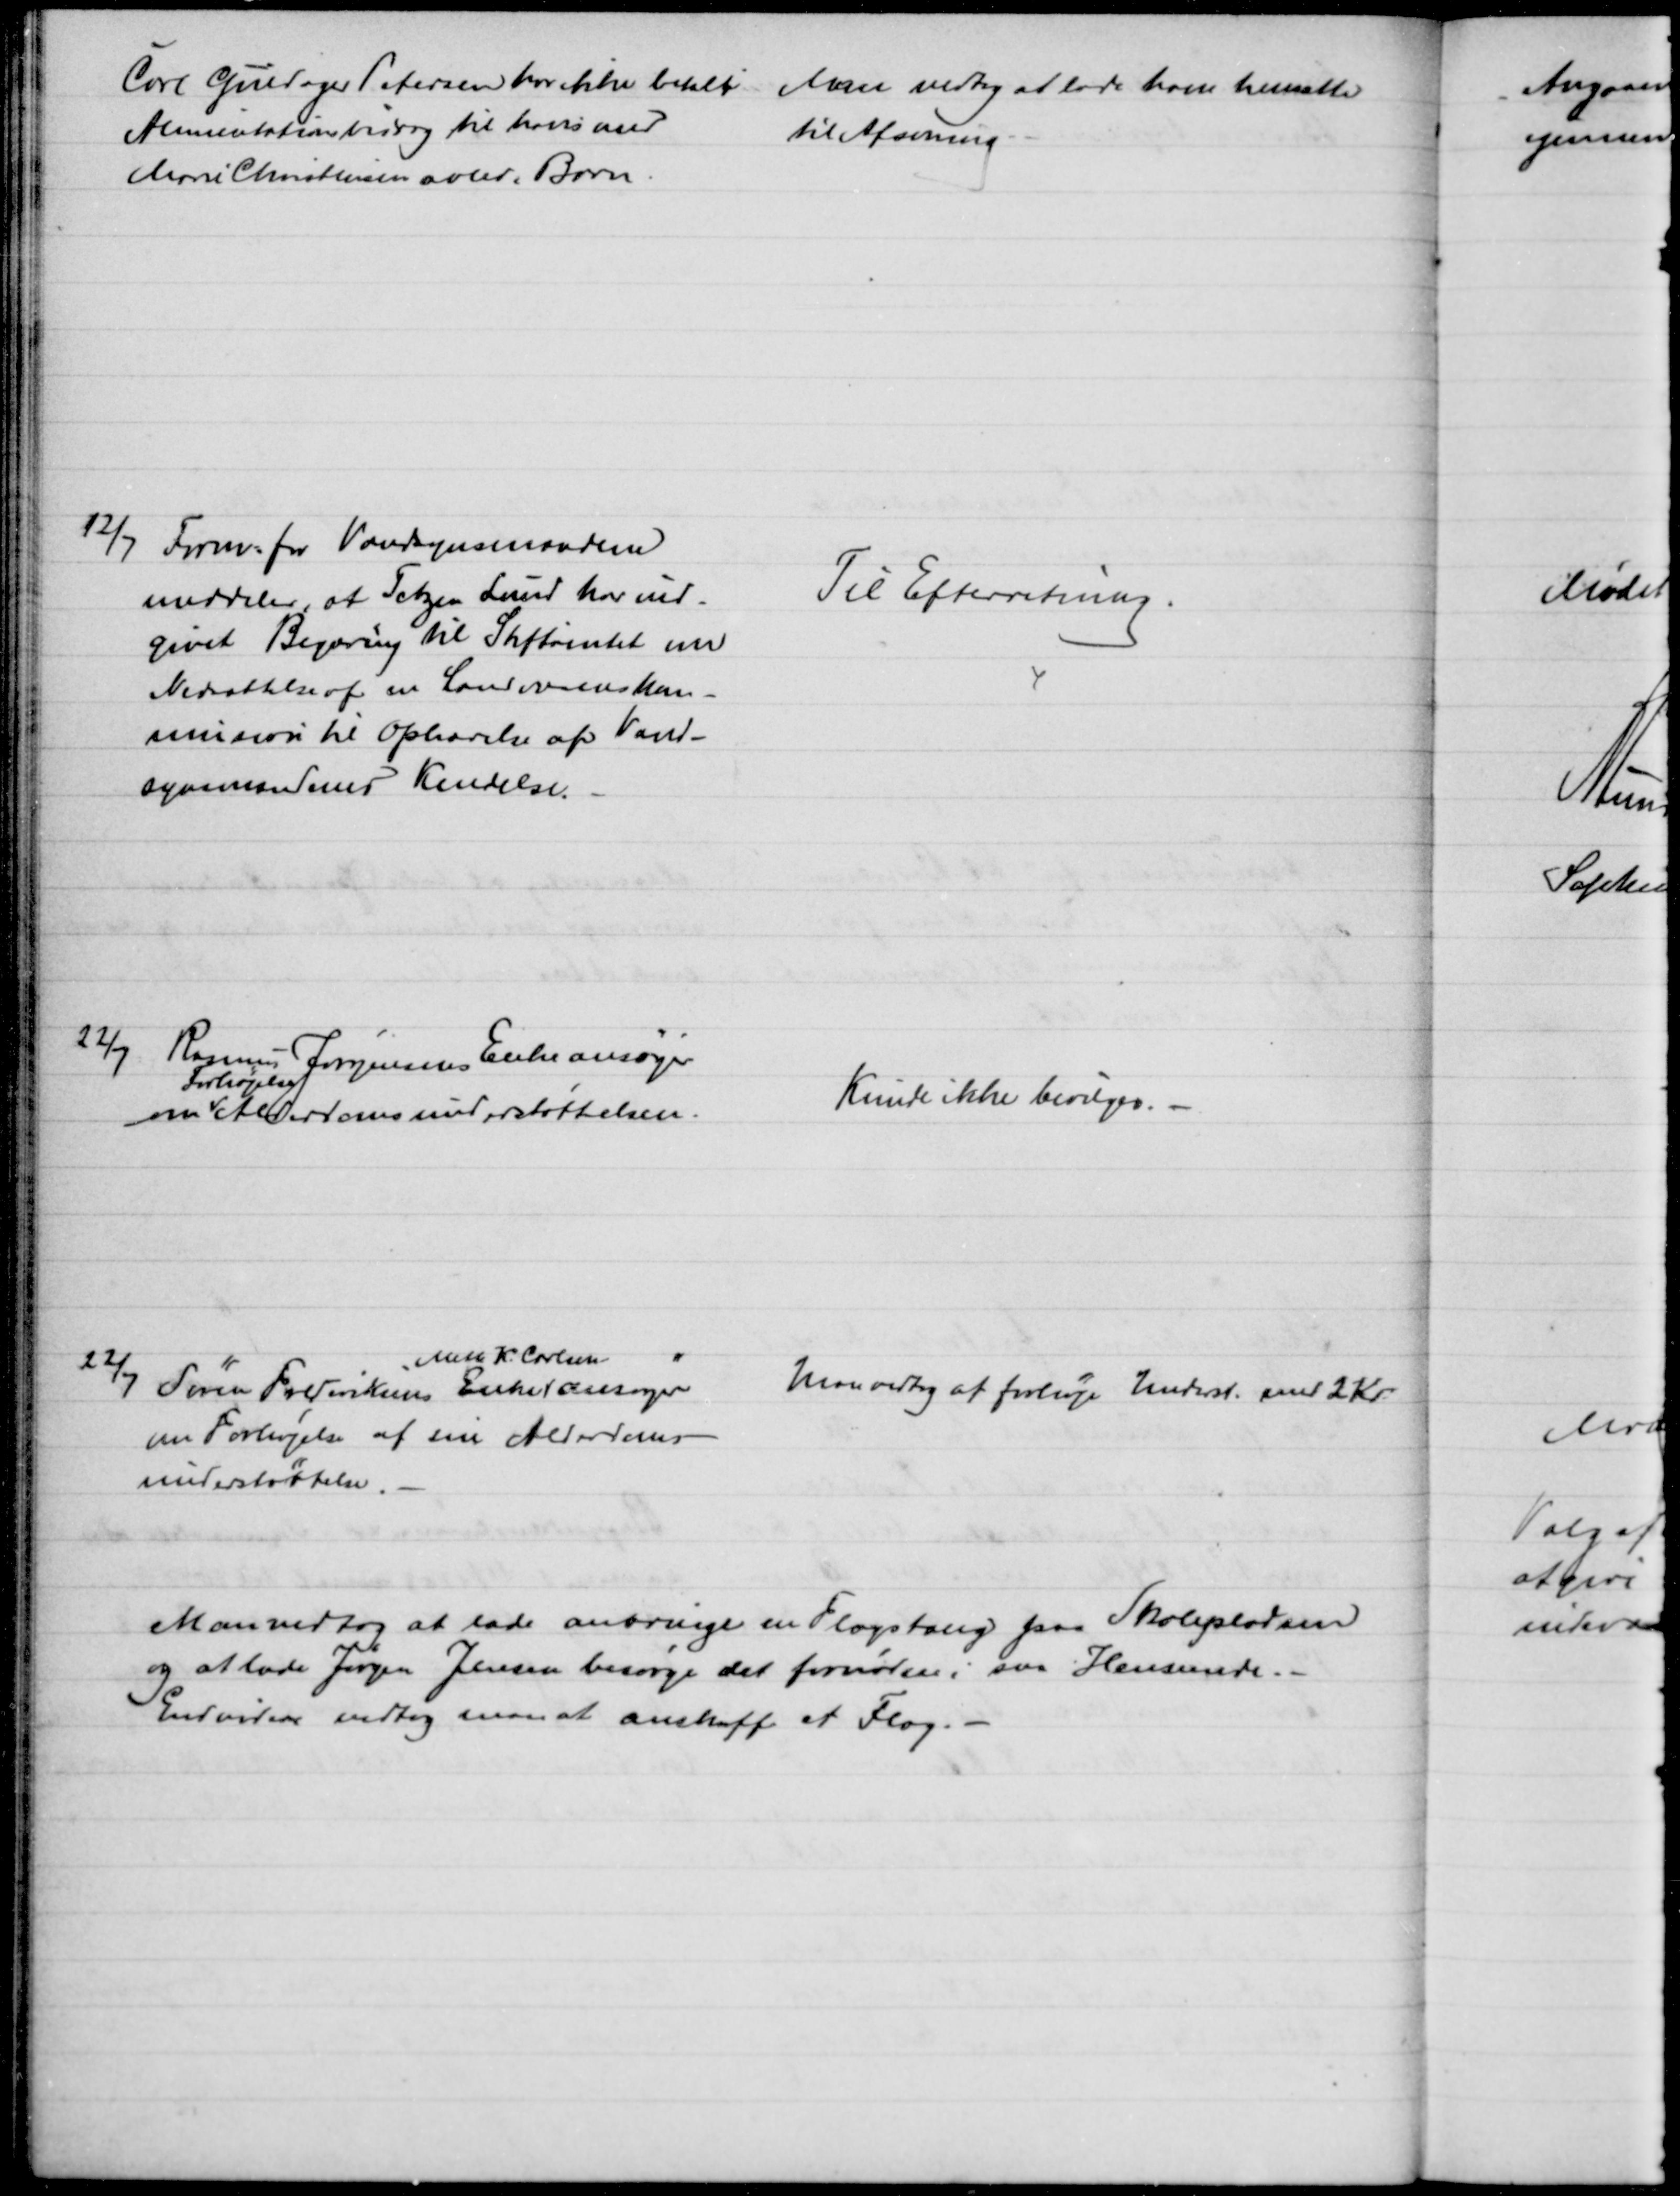
Transskription:
Carl Guldager Petersen har ikke betalt 
Alimentationsbidrag til hans med
Marie Christensen avlede Barn.
Man vedtog at lade ham hensætte
til Afsoning
12/7 Form. for Vandsynsmændene
meddeler, at Tetzen Lund har ind-
givet Begæring til Stiftamtet om
Nedsættelse af en Landvæsenskom-
mission til Ophævelse af Vand-
synsmændenes Kendelse. 
Til Efterretning.
22/7. Rasmus Jørgensens Enke ansøger
om 
Forhøjelse
Alderdomsunderstøttelsen.
Kunde ikke bevilges.
22/7
Søren Frederiksens Enke
Mette K. Carlsen
ansøger
om Forhøjelse af sin Alderdoms-
understøttelse.
Man vedtog at forhøje Underst. med 2 Kr.
Man vedtog at lade anbringe en Flagstang paa Skolepladsen
og at lade Jørgen Jensen besørge det fornødne i saa Henseende.
Endvidere vedtog man at anskaffe et Flag.